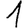
Digit: 1